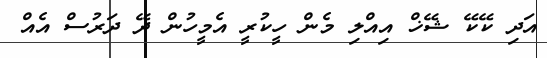
އަދި ކޭކޭ ޝޭޚް އިއްލި މެން ހީކުރީ އެމީހުން ދޭ ދަރުސް އެއް